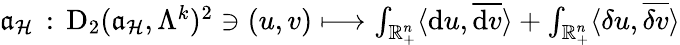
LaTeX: \begin{array}{r}{\mathfrak{a}_{\mathcal{H}}\, :\, \mathrm{D}_{2}(\mathfrak{a}_{\mathcal{H}},\Lambda^{k})^{2}\ni(u,v)\longmapsto\int_{\mathbb{R}_{+}^{n}}\langle\mathrm{d}u,\overline{{\mathrm{d}v}}\rangle+\int_{\mathbb{R}_{+}^{n}}\langle\delta u,\overline{{\delta v}}\rangle}\end{array}